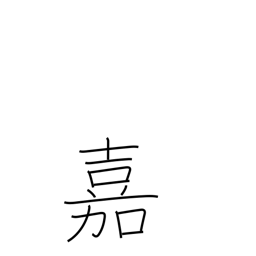
Meaning: esteem